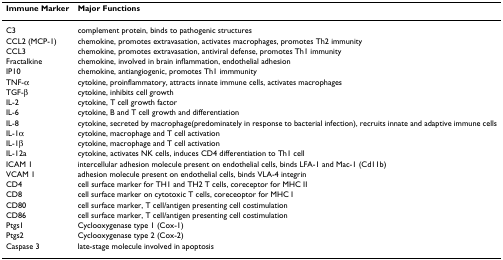
<table><thead><tr><td><b>Immune Marker</b></td><td><b>Major Functions</b></td></tr></thead><tbody><tr><td>C3</td><td>complement protein, binds to pathogenic structures</td></tr><tr><td>CCL2 (MCP-1)</td><td>chemokine, promotes extravasation, activates macrophages, promotes Th2 immunity</td></tr><tr><td>CCL3</td><td>chemokine, promotes extravasation, antiviral defense, promotes Th1 immunity</td></tr><tr><td>Fractalkine</td><td>chemokine, involved in brain inflammation, endothelial adhesion</td></tr><tr><td>IP10</td><td>chemokine, antiangiogenic, promotes Th1 immmunity</td></tr><tr><td>TNF-α</td><td>cytokine, proinflammatory, attracts innate immune cells, activates macrophages</td></tr><tr><td>TGF-β</td><td>cytokine, inhibits cell growth</td></tr><tr><td>IL-2</td><td>cytokine, T cell growth factor</td></tr><tr><td>IL-6</td><td>cytokine, B and T cell growth and differentiation</td></tr><tr><td>IL-8</td><td>cytokine, secreted by macrophage(predominately in response to bacterial infection), recruits innate and adaptive immune cells</td></tr><tr><td>IL-1α</td><td>cytokine, macrophage and T cell activation</td></tr><tr><td>IL-1β</td><td>cytokine, macrophage and T cell activation</td></tr><tr><td>IL-12a</td><td>cytokine, activates NK cells, induces CD4 differentiation to Th1 cell</td></tr><tr><td>ICAM 1</td><td>intercellular adhesion molecule present on endothelial cells, binds LFA-1 and Mac-1 (Cd11b)</td></tr><tr><td>VCAM 1</td><td>adhesion molecule present on endothelial cells, binds VLA-4 integrin</td></tr><tr><td>CD4</td><td>cell surface marker for TH1 and TH2 T cells, coreceptor for MHC II</td></tr><tr><td>CD8</td><td>cell surface marker on cytotoxic T cells, coreceoptor for MHC I</td></tr><tr><td>CD80</td><td>cell surface marker, T cell/antigen presenting cell costimulation</td></tr><tr><td>CD86</td><td>cell surface marker, T cell/antigen presenting cell costimulation</td></tr><tr><td>Ptgs1</td><td>Cyclooxygenase type 1 (Cox-1)</td></tr><tr><td>Ptgs2</td><td>Cyclooxygenase type 2 (Cox-2)</td></tr><tr><td>Caspase 3</td><td>late-stage molecule involved in apoptosis</td></tr></tbody></table>